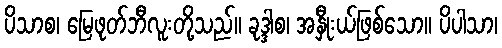
ပိသာစ၊ မြေဖုတ်ဘီလူးတို့သည်။ ခုဒ္ဒါစ၊ အနှီုးယ်ဖြစ်သော။ ပိပါသာ၊